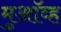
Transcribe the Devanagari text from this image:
मुऑव्ह